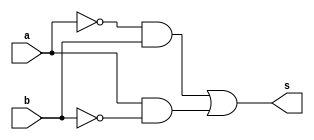
// Exemplo 0011 - XOR
// Nome : Ana Carolina Conceio de Jesus
//---------------------------------
//---------------------------------
//---- xor gate ------------------
//---------------------------------
//---------------------------------

module xnorgate (output s,
input a, input b);

assign s = (((~(a)) & (b)) | ((a) & (~b)));

endmodule // xnorgate

// ------------------------
// -- test xnor gate
// -------------------------

module testxnorgate;
//------------ dados locais
reg a,b;  // definir registradores
wire s;   // definir conexao (fio)

//----------- instancia
xnorgate XNOR1 (s, a, b);

//--------- preparacao
initial begin:start
// atribuicao simultanea dos valores iniciais

a = 0; b = 0;
end

 //--------- parte principal
initial begin
$display ("Exemplo0011 - Ana Carolina - 449517 ");
$display ("Test XNOR gate");
$display ("\n ~(a|b) = s \n");
$monitor(" ~(%b | %b) = %b", a, b, s);

#1 a = 0; b = 0;

#1 a = 0; b = 1;

#1 a = 1; b = 0;

#1 a = 1; b = 1;

end
endmodule // test norgateDeMorgan